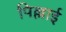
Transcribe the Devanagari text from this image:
पिल्लाई